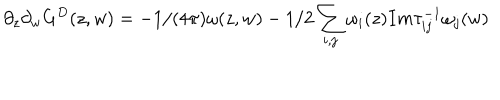
LaTeX: \partial _ { z } \partial _ { w } G ^ { D } ( z , w ) = - 1 / ( 4 \pi ) \omega ( z , w ) - 1 / 2 \sum _ { i , j } \omega _ { i } ( z ) I m \tau _ { i j } ^ { - 1 } \omega _ { j } ( w )